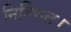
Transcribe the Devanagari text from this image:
निश्‍चित।